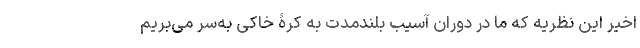
اخیر این نظریه که ما در دوران آسیب بلندمدت به کرۀ خاکی به‌سر می‌بریم